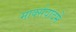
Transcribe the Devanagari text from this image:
मार्क्सवादमें